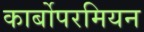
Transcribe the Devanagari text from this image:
कार्बोपरमियन